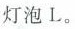
灯泡L。